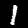
Digit: 1